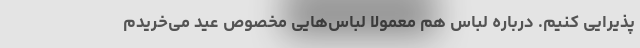
پذیرایی کنیم. درباره لباس هم معمولاً لباس‌هایی مخصوص عید می‌خریدم